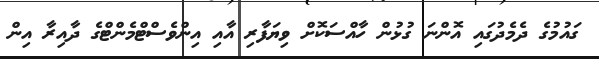
ގައުމުގެ ދެމެދުގައި އޮންނަ ގުޅުން ހާއްސަކޮށް ވިޔަފާރި އާއި އިންވެސްޓްމެންޓްގެ ދާއިރާ އިން